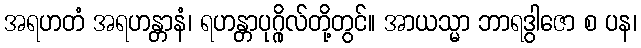
အရဟတံ အရဟန္တာနံ၊ ရဟန္တာပုဂ္ဂိုလ်တို့တွင်။ အာယသ္မာ ဘာရဒွါဇော စ ပန၊